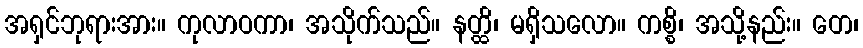
အရှင်ဘုရားအား။ ကုလာဝကာ၊ အသိုက်သည်။ နတ္ထိ၊ မရှိသလော။ ကစ္စိ၊ အသို့နည်း။ တေ၊